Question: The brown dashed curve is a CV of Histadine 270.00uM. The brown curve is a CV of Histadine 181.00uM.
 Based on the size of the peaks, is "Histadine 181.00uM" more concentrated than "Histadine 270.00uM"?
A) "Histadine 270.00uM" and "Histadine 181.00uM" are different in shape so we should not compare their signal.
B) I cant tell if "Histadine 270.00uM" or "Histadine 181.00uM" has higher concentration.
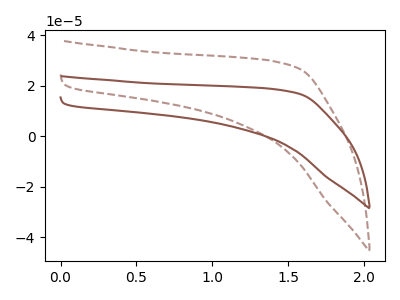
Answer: <think>The brown dashed curve "Histadine 270.00uM" has no peaks. The brown curve "Histadine 181.00uM" has no peaks.
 Neither "Histadine 270.00uM" or "Histadine 181.00uM" have any peaks.</think>
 <answer>B) I cant tell if "Histadine 270.00uM" or "Histadine 181.00uM" has higher concentration.</answer>
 <eval>B</eval>